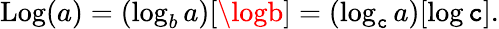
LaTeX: \operatorname{Log}(a)=(\log_{b}a)[\logb]=(\log_{\mathtt{c}}a)[\log\mathtt{c}].